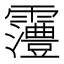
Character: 𱁩